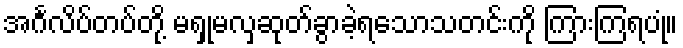
အင်္ဂလိပ်တပ်တို့ မရှုမလှဆုတ်ခွာခဲ့ရသောသတင်းကို ကြားကြရပုံ။